system: You are a helpful assistant.
user:
Analyze the provided spectrum to determine if it is a **M-type Giant (gM)**.

A M-type Giant spectrum is defined by its **strong molecular absorption** features, particularly from **Titanium Oxide (TiO)**. You must check for one of the following mutually exclusive signatures:

- **Key Visual Indicators (Absorption-Dominated Spectrum):**

    - **(Primary):** The spectrum is dominated by strong molecular absorption from **Titanium Oxide (TiO)**. This is the **defining feature** of its M-type temperature class.
        - **(Key Bandheads):** Look for sharp, "saw-tooth" absorption valleys. The strongest are located near **~7050 Å**, **~6160 Å**, and **~5170 Å**.
        - **(Line Profile):** The "saw-tooth" morphology is critical: a **sharp, steep drop on the BLUE (short-wavelength) side** of the bandhead, followed by a gradual recovery (rising flux) towards the RED (long-wavelength) side.

    - **(Key Confirmation - Giant vs. Dwarf):** **ABSENCE** of strong **Calcium Hydride (CaH)** molecular bands. This is the primary diagnostic for *excluding* M-dwarfs.
        - **(Key Region):** The spectrum should lack the strong, broad absorption band seen in dwarfs between **~6800 Å and ~7000 Å**.

    - **(Secondary Confirmation - Giant):** A very strong and broad **Neutral Calcium (Ca I)** atomic absorption line.
        - **(Key Line):** Located at **~4226 Å**. In a giant (gM), this line is significantly deeper and broader than the same line in an M-dwarf (dM) due to low surface gravity.

    - **(Overall Spectrum):**
        - The continuum is **extremely red-sloping** (i.e., flux is very low in the blue and rises dramatically towards the red).
        - The entire spectrum appears "chopped up" by the deep TiO bands.

Think first, call **spectral_visualization_tool** if needed to examine features in detail, then provide your final answer. Your response must adhere to the following strict rules:
1.  **Overall Structure:** Your response must follow the format `<think>...</think> <tool_call>...</tool_call> (if a tool is used) <answer>...</answer>`.
2.  **Tool Usage Constraint:** You may only make **one** tool call per turn.
3.  **Final Answer Format:** In the `<answer>` tag, your conclusion must be inside a `\boxed{}` command (e.g., `\boxed{YES}` or `\boxed{NO}`), followed by your justification.

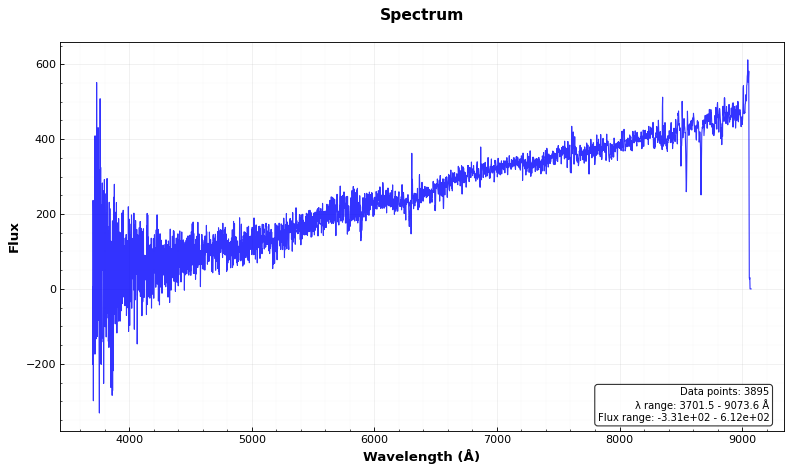
Answer: NO